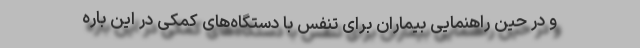
و در حین راهنمایی بیماران برای تنفس با دستگاه‌های کمکی در این باره